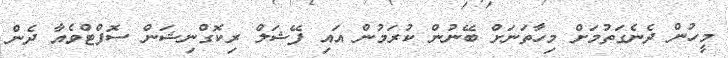
މީހުން ދެނެގަތުމަށް މިހާތަނަށް ބޭނުން ކުރަމުން އައި ފޭޝަލް ރިކޮގްނިޝަން ސޮފްޓްވެއާ ދެން